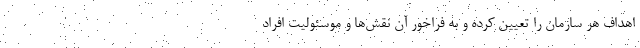
اهداف هر سازمان را تعیین کرده و به فراخور آن نقش‌ها و موسئولیت افراد